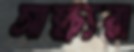
সাক্ষ্যরা